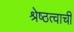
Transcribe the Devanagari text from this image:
श्रेष्ठत्वाची